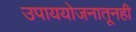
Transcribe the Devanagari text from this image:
उपाययोजनातूनही